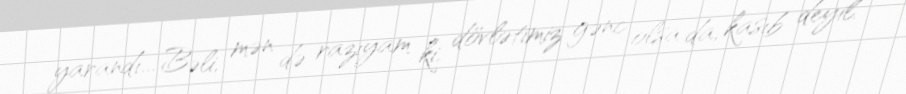
yarandı... Bəli, mən də razıyam ki, dövlətimiz gənc olsa da, kasıb deyil.